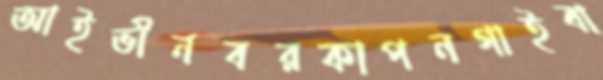
আইভীনবরকাপনগাইবা